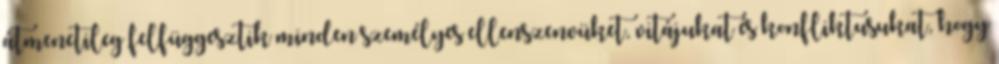
átmenetileg felfüggesztik minden személyes ellenszenvüket, vitájukat és konfliktusu­kat, hogy